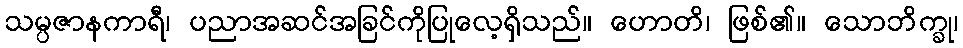
သမ္ပဇာနကာရီ၊ ပညာအဆင်အခြင်ကိုပြုလေ့ရှိသည်။ ဟောတိ၊ ဖြစ်၏။ သောဘိက္ခု၊